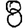
Digit: 8